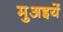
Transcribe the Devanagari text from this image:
मुअइयें